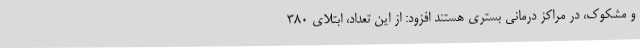
و مشکوک، در مراکز درمانی بستری هستند افزود: از این تعداد، ابتلای 380